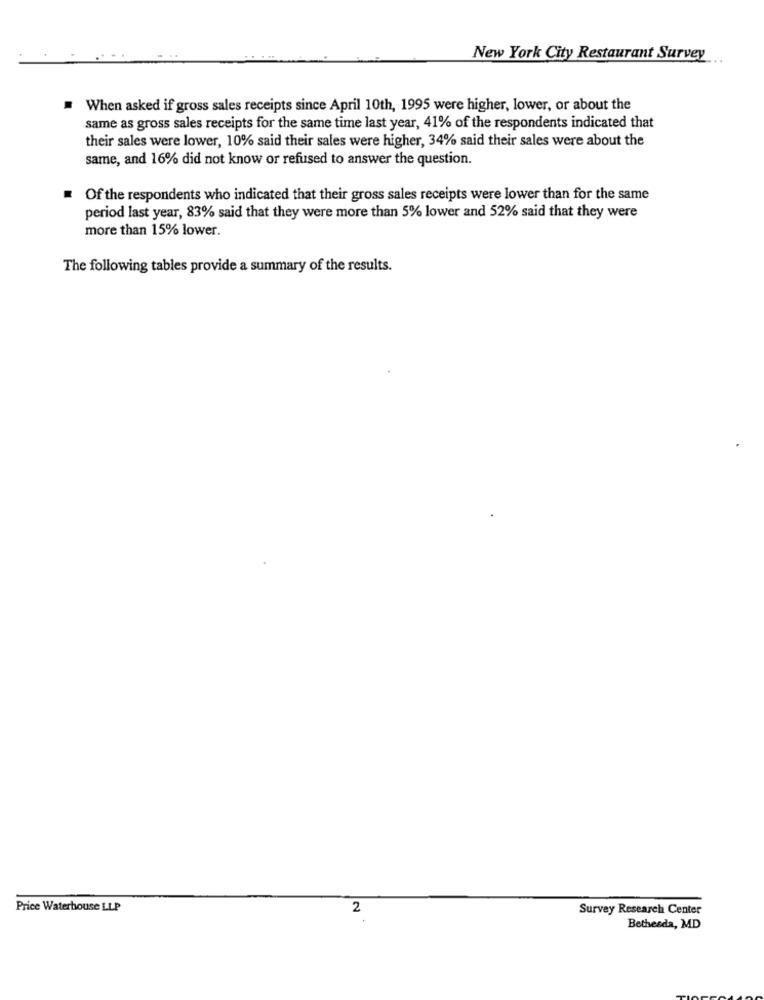
New York City Restaurant Survey
When asked if gross sales receipts since April 10th, 1995 were higher, lower, or about the
same as gross sales receipts for the same time last year, 41% of the respondents indicated that
their sales were lower, 10% said their sales were higher, 34% said their sales were about the
same, and 16% did not know or refused to answer the question.
Of the respondents who indicated that their gross sales receipts were lower than for the same
period last year, 83% said that they were more than 5% lower and 52% said that they were
more than 15% lower.
The following tables provide a summary of the results.
Price Waterhouse LLP
2
Survey Research Center
Bethesda, MD